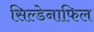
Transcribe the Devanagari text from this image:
सिल्डेनाफिल